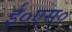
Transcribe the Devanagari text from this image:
ई०एस०